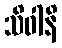
သိဝါနိ